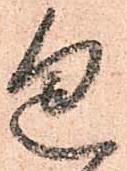
包